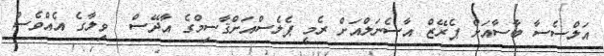
އަލްސެސާ ބާސާއަށް ޕެރޭޒް އާސެނަލްއަށް ރެމީ ޕެލެސްއަށްޤާސިމްގެ އާދޭސް  ވިލާގެ އެއްވެސް